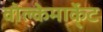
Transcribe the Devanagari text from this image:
वोल्केमार्के्ट